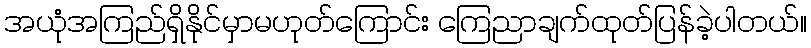
အယုံအကြည်ရှိနိုင်မှာမဟုတ်ကြောင်း ကြေညာချက်ထုတ်ပြန်ခဲ့ပါတယ်။